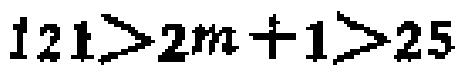
$121>2m + 1>25$